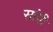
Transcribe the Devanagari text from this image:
सांपी